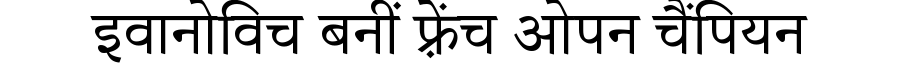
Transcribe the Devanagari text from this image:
इवानोविच बनीं फ़्रेंच ओपन चैंपियन